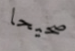
صحيحا